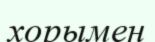
хорымен